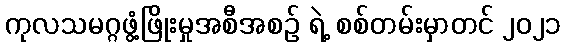
ကုလသမဂ္ဂဖွံ့ဖြိုးမှုအစီအစဉ် ရဲ့ စစ်တမ်းမှာတင် ၂၀၂၁